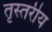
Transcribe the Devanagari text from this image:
तृस्तरीय